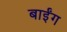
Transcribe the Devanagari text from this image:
बाईंग